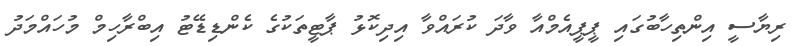
ރިޔާސީ އިންތިިހާބުގައި ޕީޕީއެމްއާ ވާދަ ކުރައްވާ އިދިކޮޅު ޕާޓީތަކުގެ ކެންޑިޑޭޓު އިބްރާހިމް މުހައްމަދު